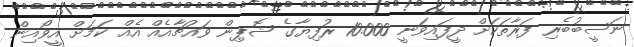
ނަސީބުބެރި ފަރާތަކަށް ދީފައިވަނީ 10.000 ރުފިޔާގެ ޝޮޕިން ވައުޗާއެއް އެއް ކަމަށް އީވޯއިން